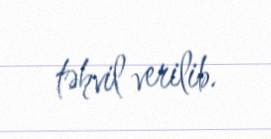
təhvil verilib.